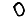
Digit: 0